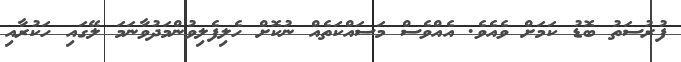
ފުރުސަތު ބޮޑު ކަމަށް ވެއެވެ. އެއްވެސް މަސައްކަތެއް ނުކޮށް ހެލިފެލިވުންމަދުވާނަމަ ލޭގައި ހަކުރާއި